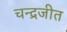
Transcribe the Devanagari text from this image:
चन्द्रजीत